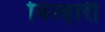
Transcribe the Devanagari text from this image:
बिल्हारी